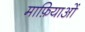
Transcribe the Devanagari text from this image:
माफ़ियाओं